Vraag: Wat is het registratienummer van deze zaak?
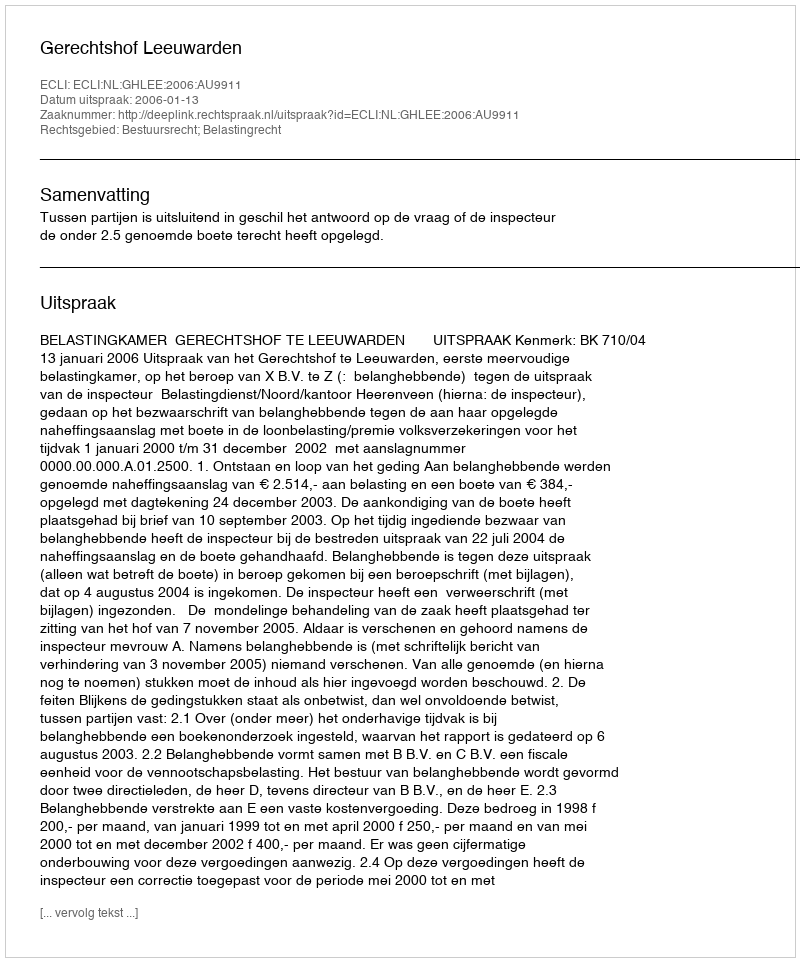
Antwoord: http://deeplink.rechtspraak.nl/uitspraak?id=ECLI:NL:GHLEE:2006:AU9911